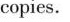
copies.